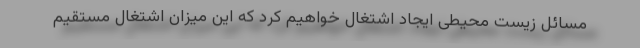
مسائل زیست محیطی ایجاد اشتغال خواهیم کرد که این میزان اشتغال مستقیم